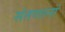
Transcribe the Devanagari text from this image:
संतप्तानां